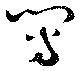
写